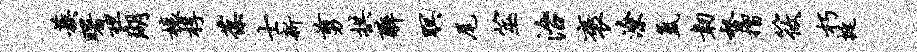
蔟曙袒瑚榱桴葆士新剪拱醉暝尾筮治褒潦氲韧督摺筱朽挺